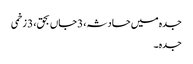
جدہ میں حادثہ، 3جاں بحق، 3 زخمی
جدہ ۔